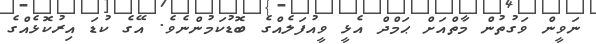
ނަވީން ވަގުތުން މާތްއަށް ޙަމްދް އެޅީ ވީއުފަލެއްގެ ބޮޑުކަމުންނެވެ. އޭގެ ކުޑަ އިރުކޮޅެއްގެ